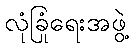
လုံခြုံရေးအဖွဲ့